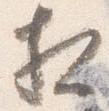
相